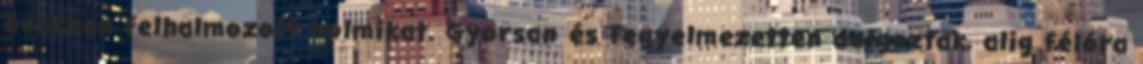
években felhalmozott holmikat. Gyorsan és fegyelmezetten dolgoztak, alig félóra